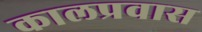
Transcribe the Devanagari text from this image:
कालप्रवास